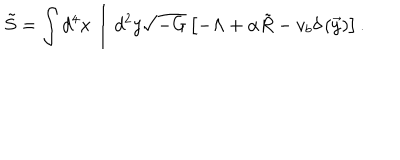
LaTeX: \tilde { S } = \int d ^ { 4 } x \int d ^ { 2 } y \sqrt { - G } \left[ - \Lambda + \alpha \tilde { R } - v _ { b } \delta \left( \vec { y } \right) \right] .